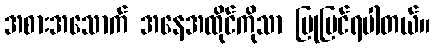
အစားအသောက် အနေအထိုင်ကိုသာ ပြုပြင်ရပါတယ်။